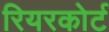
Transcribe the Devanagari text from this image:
रियरकोर्ट